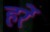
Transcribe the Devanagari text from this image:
हर्रे